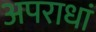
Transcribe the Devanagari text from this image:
अपराधां